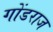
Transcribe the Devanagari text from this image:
गोंडराज